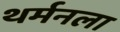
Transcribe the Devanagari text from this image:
थर्मनला